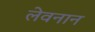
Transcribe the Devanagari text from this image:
लेवनान